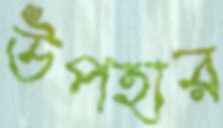
উপহার